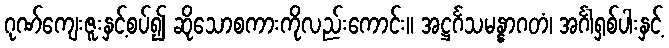
ဂုဏ်ကျေးဇူးနှင့်စပ်၍ ဆိုသောစကားကိုလည်းကောင်း။ အဋ္ဌင်္ဂသမန္နာဂတံ၊ အင်္ဂါရှစ်ပါးနှင့်